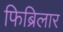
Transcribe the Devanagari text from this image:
फिब्रिलार